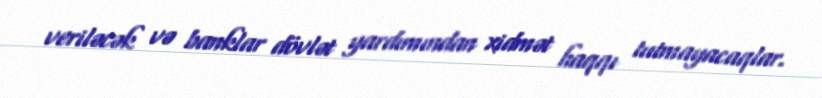
veriləcək və banklar dövlət yardımından xidmət haqqı tutmayacaqlar.